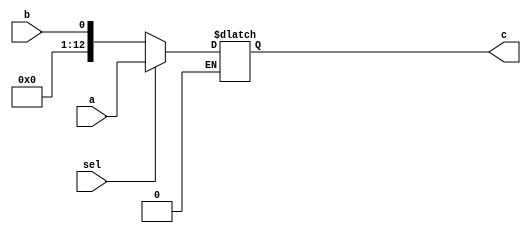

module mux(
input sel,
input [12:0] a ,
input  b ,
output reg[12:0] c 
);

always@(*)begin
if(sel==1)begin
c <= a ;
end
else if(sel==0) begin
c <= b ;
end
end
endmodule